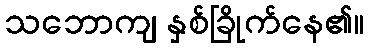
သဘောကျ နှစ်ခြိုက်နေ၏။